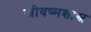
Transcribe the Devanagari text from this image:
जीवष्मशास्त्र